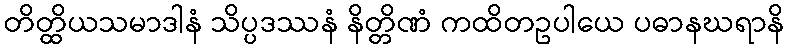
တိတ္ထိယသမာဒါနံ သိပ္ပဒဿနံ နိတ္တိဏံ ကထိတဥပါယေ ပဓာနဃရာနိ